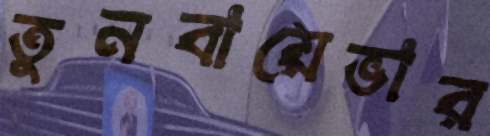
তুনবায়েভার